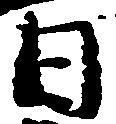
日